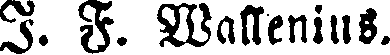
I. F. Wallenius.